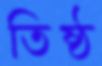
তিষ্ঠ